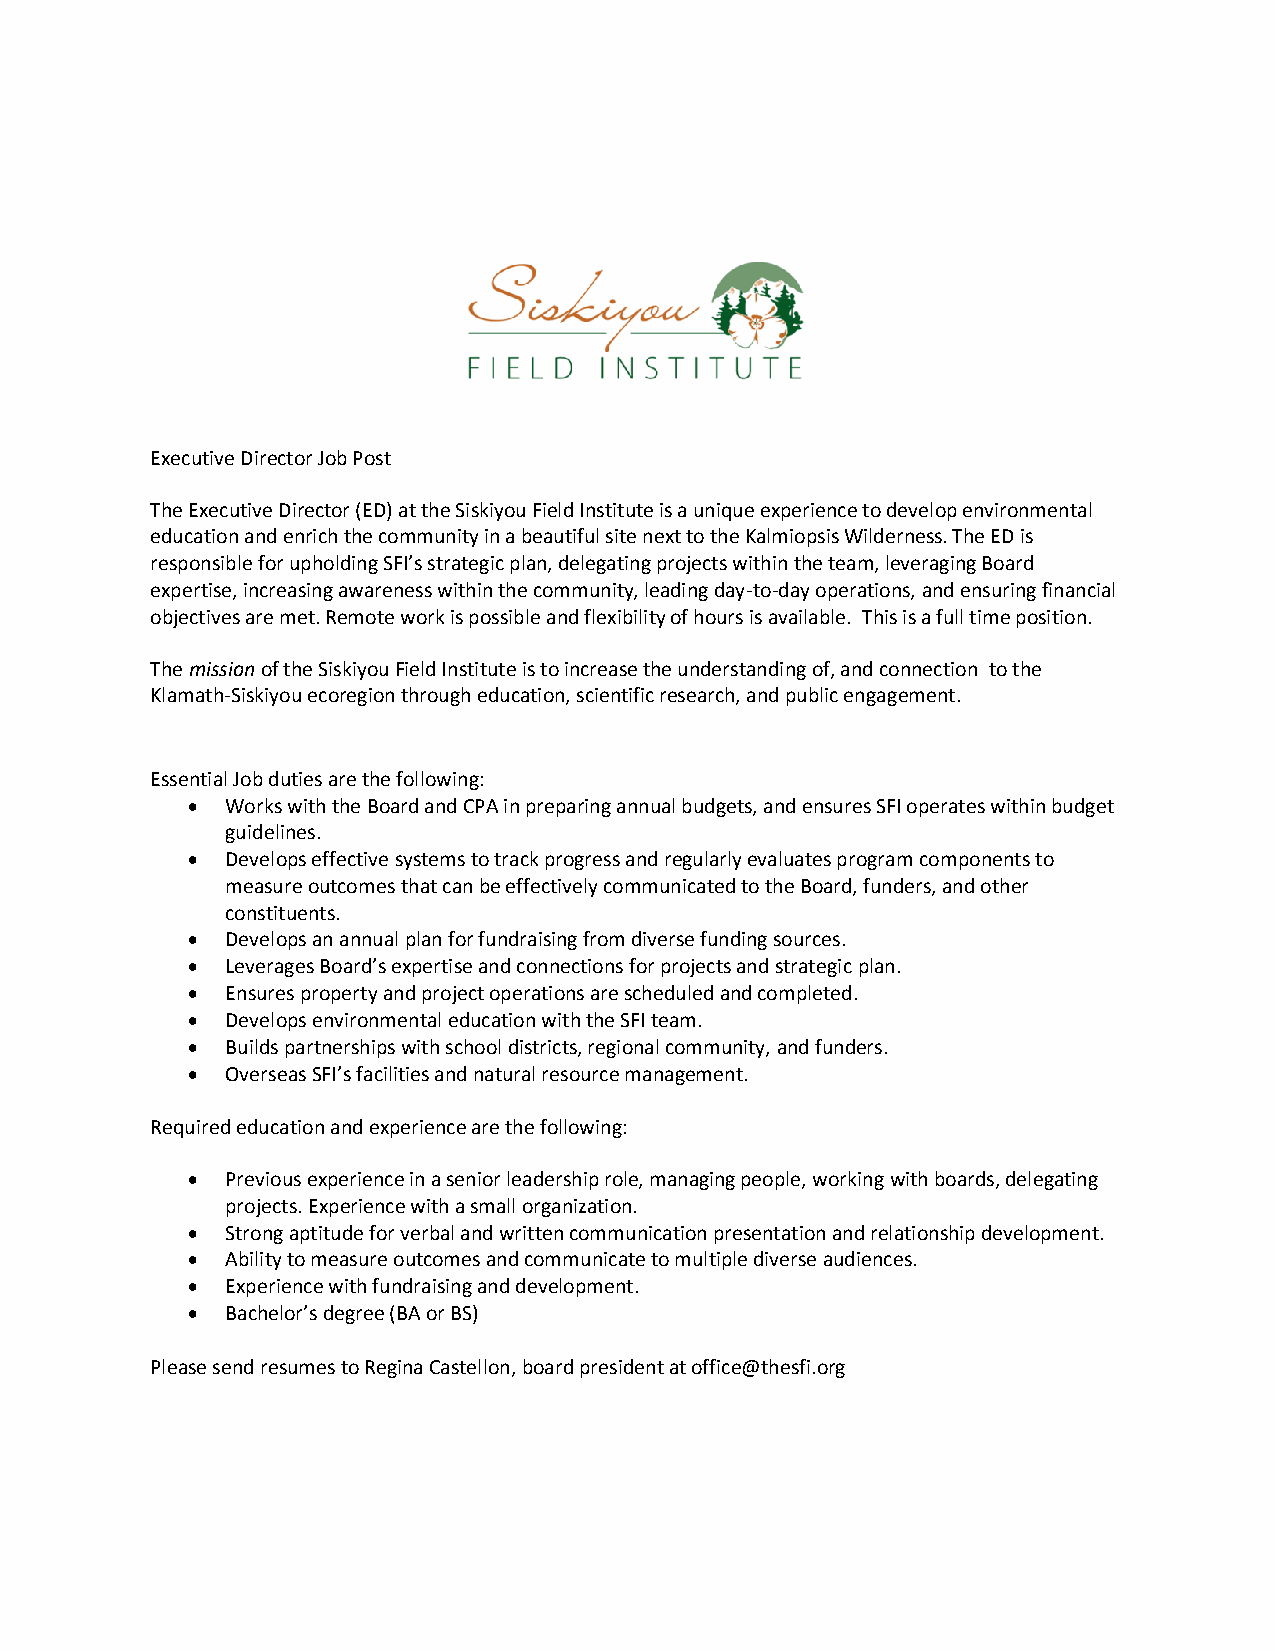
Executive Director Job Post
 The Executive Director (ED) at the Siskiyou Field Institute is a unique experience to develop environmental
 education and enrich the community in a beautiful site next to the Kalmiopsis Wilderness. The ED is
 responsible for upholding SFI’s strategic plan, delegating projects within the team, leveraging Board
 expertise, increasing awareness within the community, leading day-to-day operations, and ensuring financial
 objectives are met. Remote work is possible and flexibility of hours is available. This is a full time position.
 The mission of the Siskiyou Field Institute is to increase the understanding of, and connection to the
 Klamath-Siskiyou ecoregion through education, scientific research, and public engagement.
 The
 Essential Job duties are the following:
 •  Works with the Board and CPA in preparing annual budgets, and ensures SFI operates within budget
 guidelines.
 •  Develops effective systems to track progress and regularly evaluates program components to
 measure outcomes that can be effectively communicated to the Board, funders, and other
 constituents.
 •  Develops an annual plan for fundraising from diverse funding sources.
 •  Leverages Board’s expertise and connections for projects and strategic plan.
 •  Ensures property and project operations are scheduled and completed.
 •  Develops environmental education with the SFI team.
 •  Builds partnerships with school districts, regional community, and funders.
 •  Overseas SFI’s facilities and natural resource management.
 Required education and experience are the following:
 •  Previous experience in a senior leadership role, managing people, working with boards, delegating
 projects. Experience with a small organization.
 •  Strong aptitude for verbal and written communication presentation and relationship development.
 •  Ability to measure outcomes and communicate to multiple diverse audiences.
 •  Experience with fundraising and development.
 •  Bachelor’s degree (BA or BS)
 Please send resumes to Regina Castellon, board president at office@thesfi.org